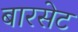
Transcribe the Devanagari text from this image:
बारसेट